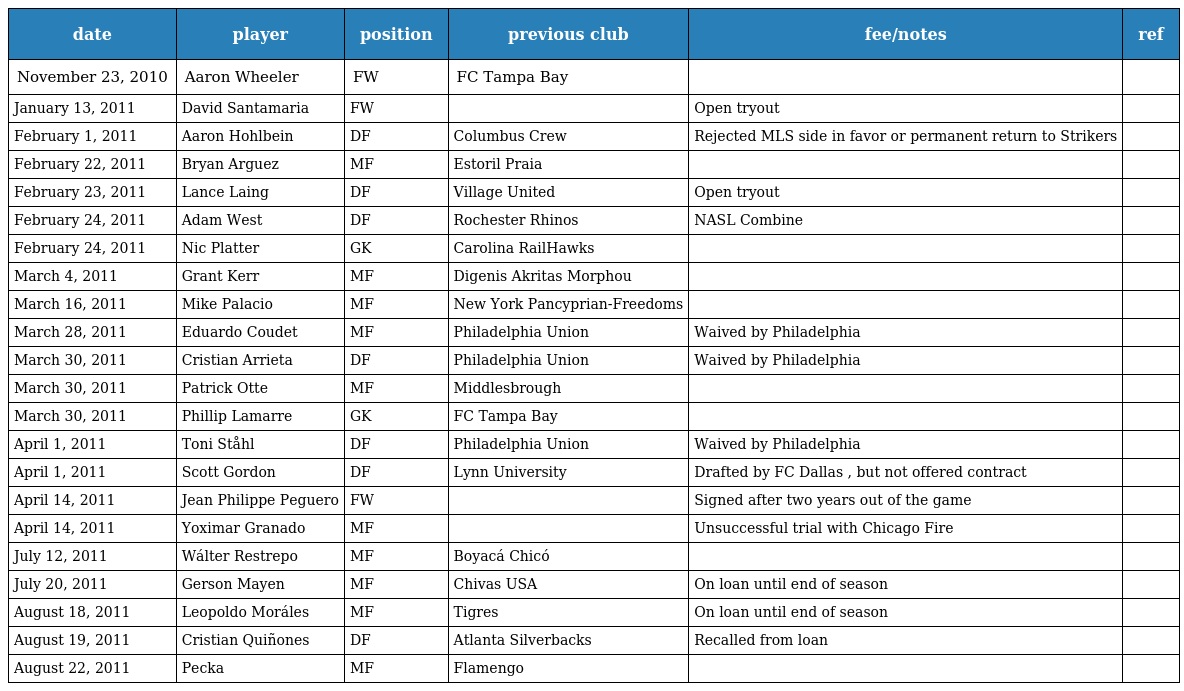
| date | player | position | previous club | fee/notes | ref |
 | --- | --- | --- | --- | --- | --- |
 | November 23, 2010 | Aaron Wheeler | FW | FC Tampa Bay |  |  |
 | January 13, 2011 | David Santamaria | FW |  | Open tryout |  |
 | February 1, 2011 | Aaron Hohlbein | DF | Columbus Crew | Rejected MLS side in favor or permanent return to Strikers |  |
 | February 22, 2011 | Bryan Arguez | MF | Estoril Praia |  |  |
 | February 23, 2011 | Lance Laing | DF | Village United | Open tryout |  |
 | February 24, 2011 | Adam West | DF | Rochester Rhinos | NASL Combine |  |
 | February 24, 2011 | Nic Platter | GK | Carolina RailHawks |  |  |
 | March 4, 2011 | Grant Kerr | MF | Digenis Akritas Morphou |  |  |
 | March 16, 2011 | Mike Palacio | MF | New York Pancyprian-Freedoms |  |  |
 | March 28, 2011 | Eduardo Coudet | MF | Philadelphia Union | Waived by Philadelphia |  |
 | March 30, 2011 | Cristian Arrieta | DF | Philadelphia Union | Waived by Philadelphia |  |
 | March 30, 2011 | Patrick Otte | MF | Middlesbrough |  |  |
 | March 30, 2011 | Phillip Lamarre | GK | FC Tampa Bay |  |  |
 | April 1, 2011 | Toni Ståhl | DF | Philadelphia Union | Waived by Philadelphia |  |
 | April 1, 2011 | Scott Gordon | DF | Lynn University | Drafted by FC Dallas , but not offered contract |  |
 | April 14, 2011 | Jean Philippe Peguero | FW |  | Signed after two years out of the game |  |
 | April 14, 2011 | Yoximar Granado | MF |  | Unsuccessful trial with Chicago Fire |  |
 | July 12, 2011 | Wálter Restrepo | MF | Boyacá Chicó |  |  |
 | July 20, 2011 | Gerson Mayen | MF | Chivas USA | On loan until end of season |  |
 | August 18, 2011 | Leopoldo Moráles | MF | Tigres | On loan until end of season |  |
 | August 19, 2011 | Cristian Quiñones | DF | Atlanta Silverbacks | Recalled from loan |  |
 | August 22, 2011 | Pecka | MF | Flamengo |  |  |